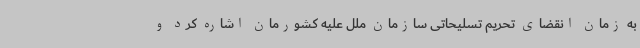
به زمان انقضای تحریم تسلیحاتی سازمان ملل علیه کشورمان اشاره کرد و